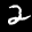
Label: 2